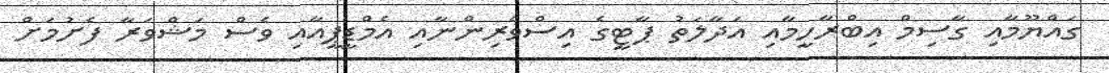
ގައްޔޫމާއި ގާސިމް އިބްރާހީމާއި އަދާލަތު ޕާޓީގެ އިސްވެރިންނާއި އެމްޑީޕީއާއި ވެސް މަޝްވަރާ ފެށުމަށް